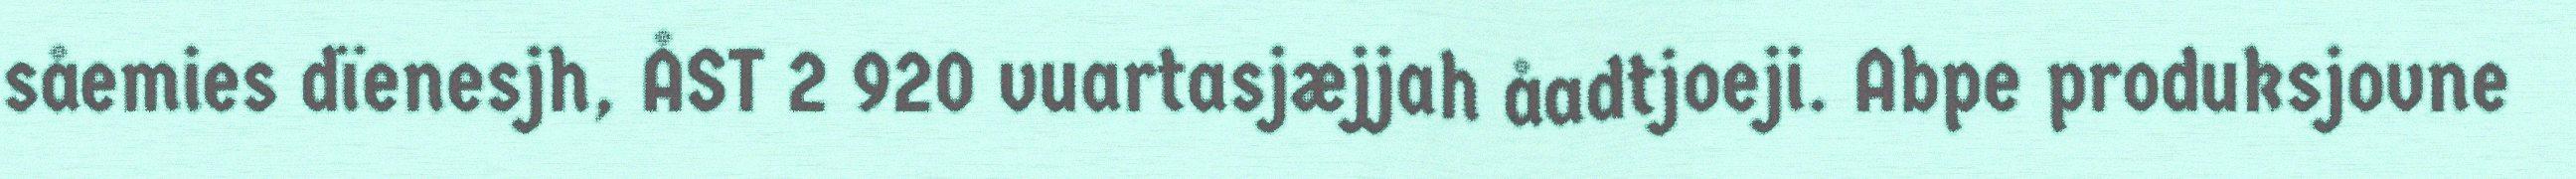
såemies dïenesjh, ÅST 2 920 vuartasjæjjah åadtjoeji. Abpe produksjovne